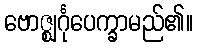
ဗောဇ္ဈင်္ဂုပေက္ခာမည်၏။